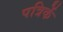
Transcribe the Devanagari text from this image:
पत्रिकें